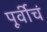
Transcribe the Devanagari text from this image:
पूर्वीचं